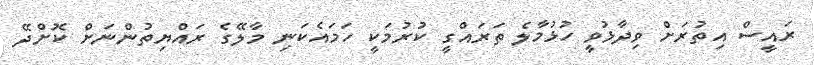
ރައީސް އިތުރަށް ވިދާޅުވީ ހުޅުމާލެ ތަރައްގީ ކުރުމަކީ ހަމައެކަނި މާލޭގެ ރައްޔިތުންނަށް ކޮށްދޭ